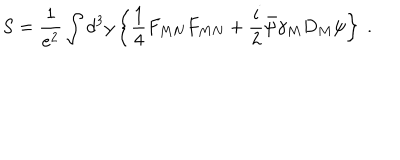
S = \frac { 1 } { e ^ { 2 } } \int d ^ { 3 } y \left\{ \frac { 1 } { 4 } F _ { M N } F _ { M N } + \frac { i } { 2 } \bar { \psi } \gamma _ { M } D _ { M } \psi \right\} \ .